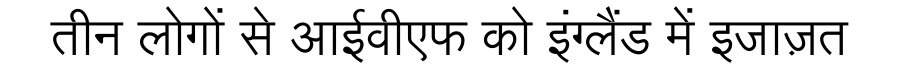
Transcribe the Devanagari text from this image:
तीन लोगों से आईवीएफ को इंग्लैंड में इजाज़त